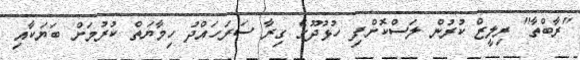
"ރާބްތާ" ރިލީޒް ކުރުން ލަސްކޮށްފި ހުޅުދޫގެ ގިރާ ސަރަހައްދު ހިމާޔަތް ކުރުމަށް ބަޔަކާއި